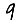
Digit: 9